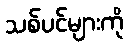
သစ်ပင်များကို